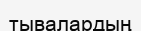
тывалардың